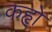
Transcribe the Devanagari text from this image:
कहृो